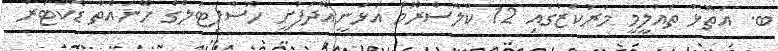
ބ. އަތޮޅު ތައުލީމީ މަރުކަޒުގައި 12 ކްލާސްރޫމް އަޅަނީއޭދަފުށީ ހޮސްޕިޓަލްގެ ހޭނައްތާ ޑޮކްޓަރު